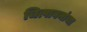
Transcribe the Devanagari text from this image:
चित्पावनांचा